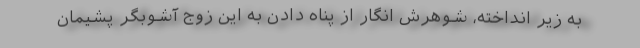
به زیر انداخته، شوهرش انگار از پناه دادن به این زوج آشوبگر پشیمان